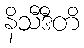
နိသီဒီတိ